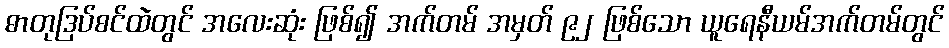
ဓာတုဒြပ်စင်ထဲတွင် အလေးဆုံး ဖြစ်၍ အက်တမ် အမှတ် ၉၂ ဖြစ်သော ယူရေနီယမ်အက်တမ်တွင်